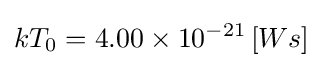
kT_{0}=4.00\times 10^{-21}\,[Ws]